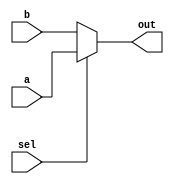
module top_module (
	input sel,
	input [7:0] a,
	input [7:0] b,
	output reg [7:0] out
);

	// 1. A mux coded as (~sel & a) | (sel & b) does not work for vectors.
	// This is because these are bitwise operators, and sel is only a 1 bit wide quantity,
	// which leaves the upper bits of a and b zeroed. It is possible to code it using
	// the replication operator, but this is somewhat difficult to read:
	//   ( {8{~sel}} & a ) | ( {8{sel}} & b )
	
	// 2. The simulation waveform shows that when sel = 1, a should be selected. This
	// is flipped in the suggested code.

    assign out = sel ? a : b;
	
endmodule